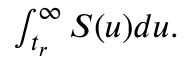
\begin{array} { r } { \int _ { t _ { r } } ^ { \infty } S ( u ) d u . } \end{array}